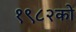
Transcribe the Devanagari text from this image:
१९८२को